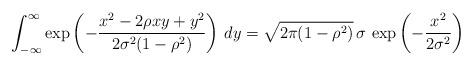
LaTeX: \begin{align*}\int_{-\infty}^{\infty} \exp \left(-\frac{x^2-2\rho xy+y^2}{2\sigma^2(1-\rho^2)}\right) \, dy = \sqrt{2\pi (1-\rho^2)} \, \sigma \,\exp \left(-\frac{x^2}{2\sigma^2}\right)\end{align*}